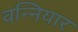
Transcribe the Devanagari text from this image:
वन्नियार